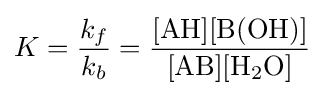
K={\frac {k_{f}}{k_{b}}}={\frac {[\mathrm {AH} ][\mathrm {B} (\mathrm {OH} )]}{[\mathrm {AB} ][\mathrm {H} {\vphantom {A}}_{\smash[{t}]{2}}\mathrm {O} ]}}